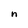
Character: n